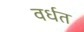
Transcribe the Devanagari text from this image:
वर्धत